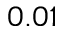
0 . 0 1